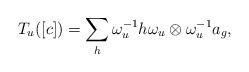
LaTeX: \begin{align*} T_u([c])=\sum_h \omega_u^{-1} h \omega_u\otimes \omega_u^{-1}a_g,\end{align*}